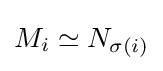
M_{i}\simeq N_{\sigma (i)}